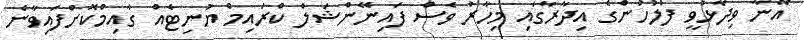
އޭނާ ވިދާޅުވީ ފުލުހުންގެ އިދާރާގައި މިހާރު ވެސް ފައިނޭންޝަލް ކްރައިމް ޔުނިޓެއް ގާއިމްކޮށްފައިވާނެ